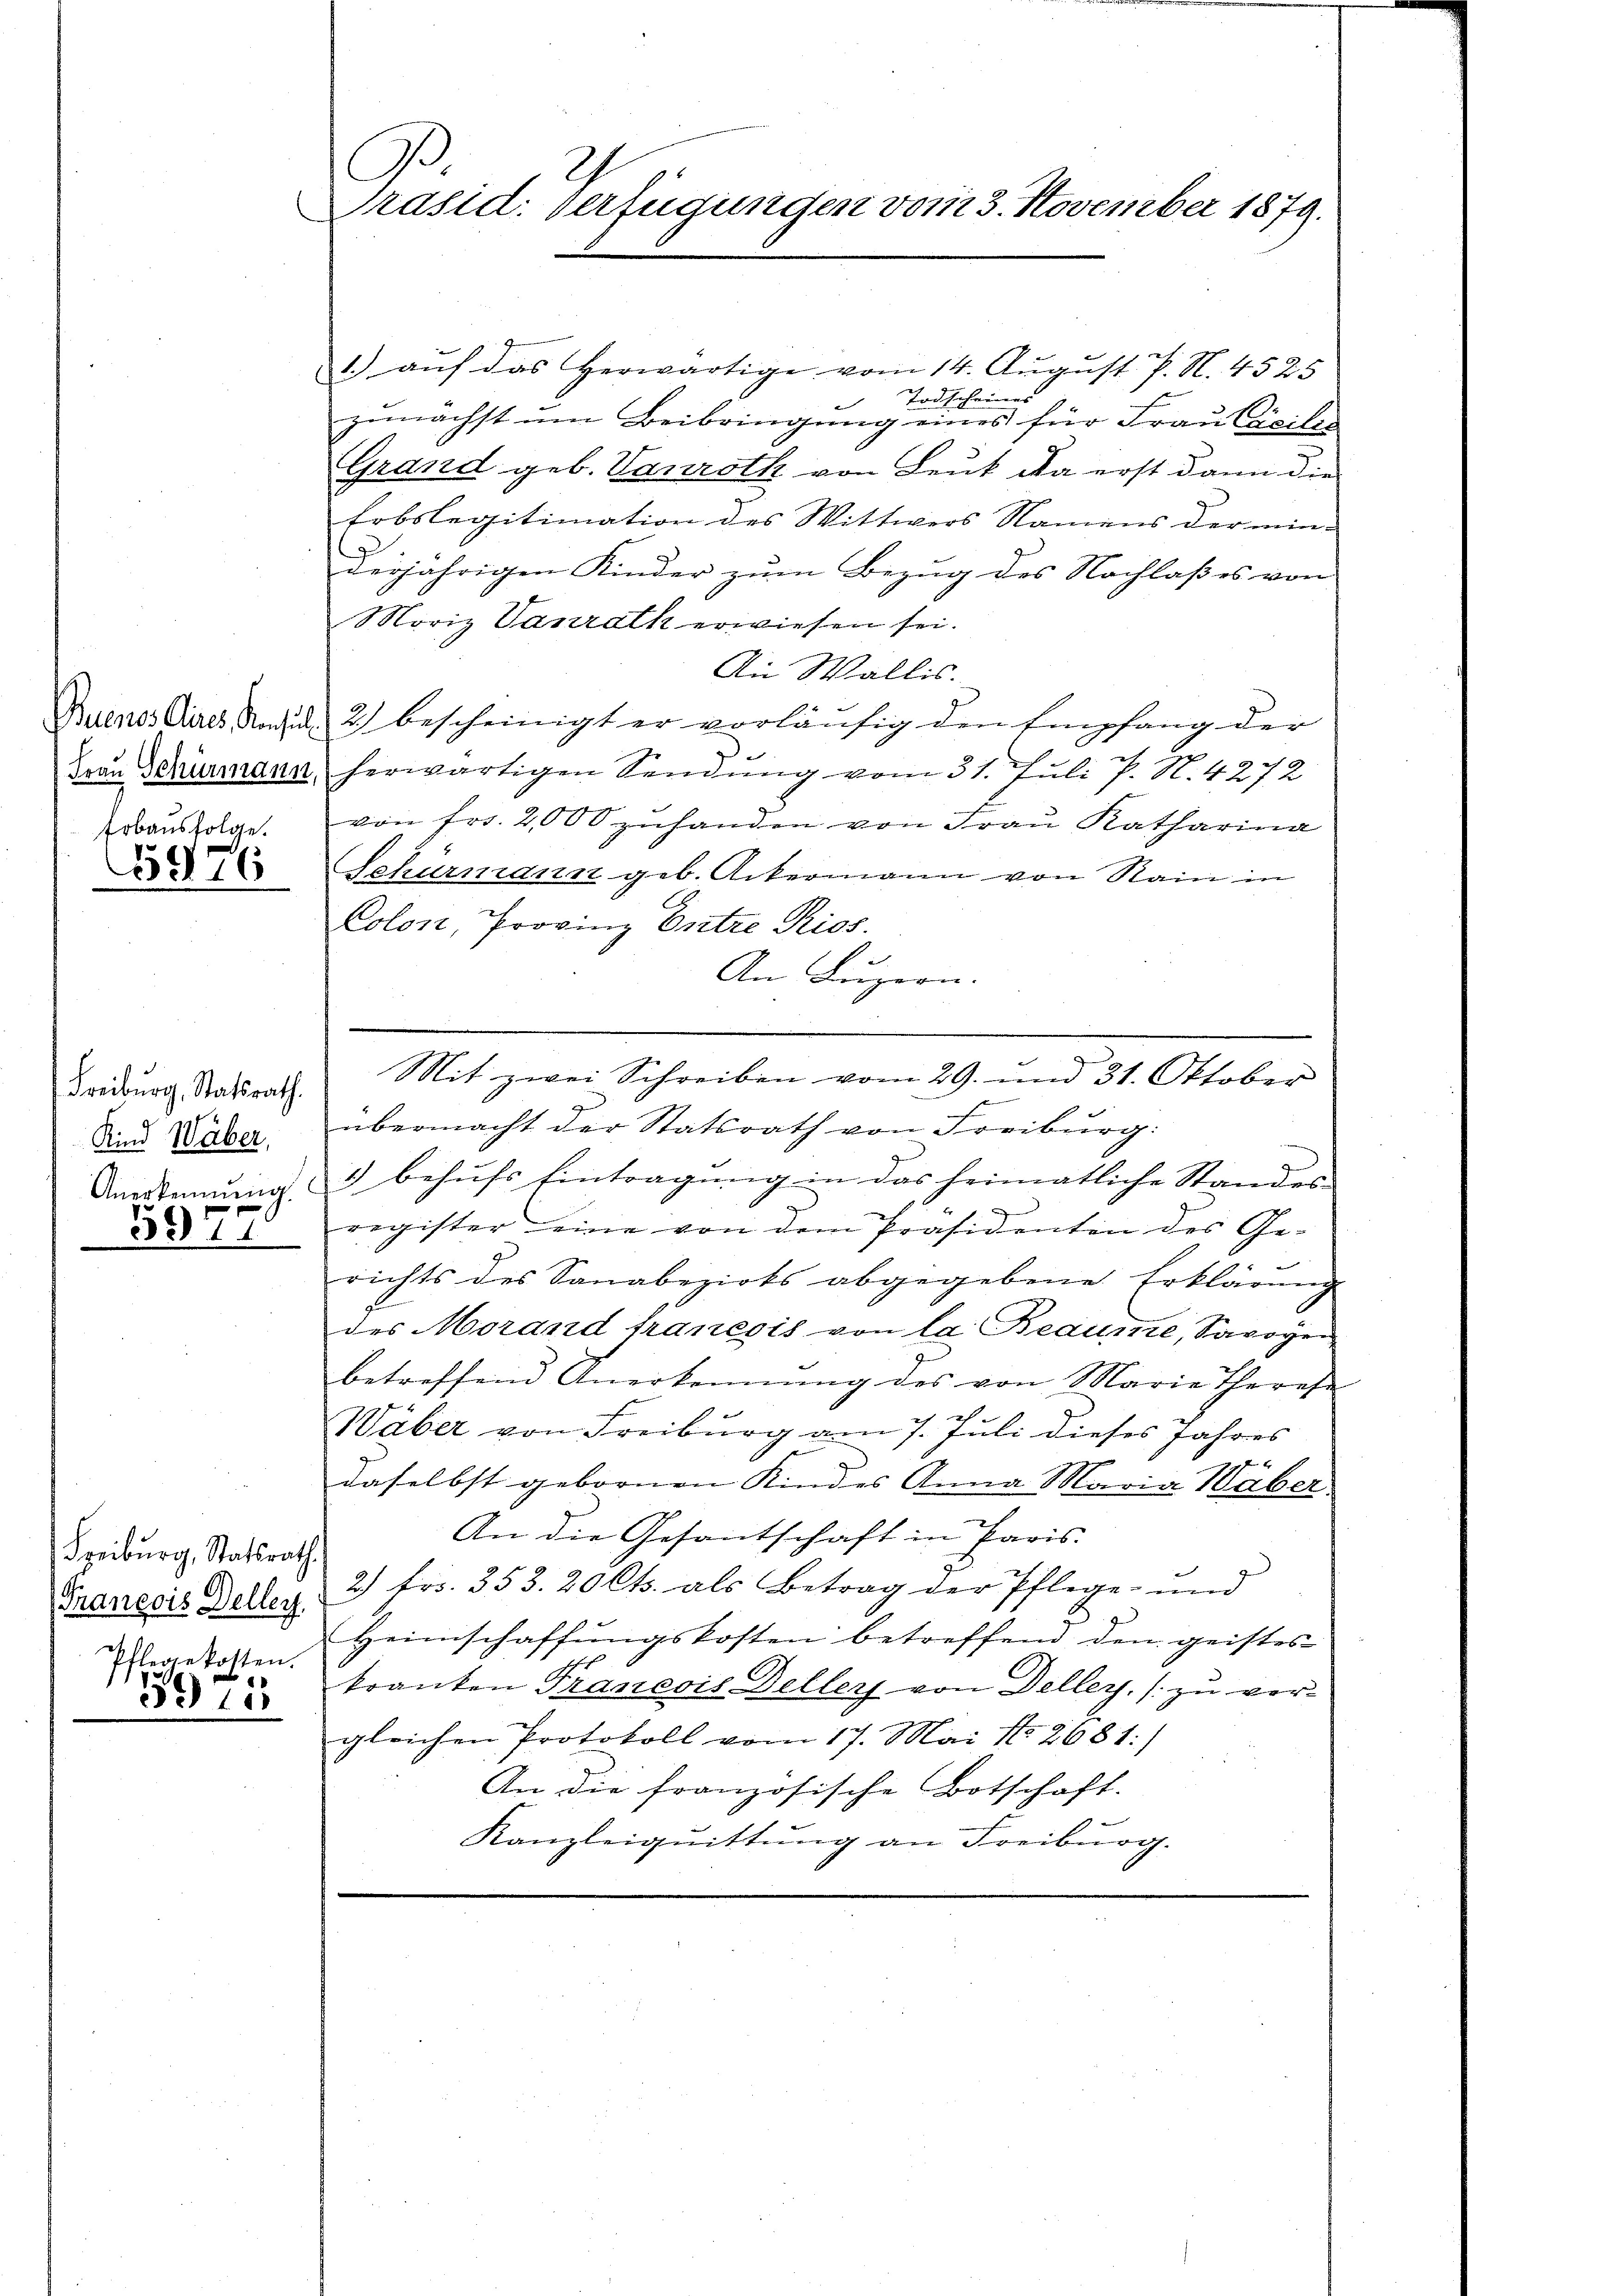
Erbausfolge.

5976

Freiburg, Statsrath.
Kind Wäber,
5977

Freiburg, Statsrath
Praneois Deller.
3975

C
d
Präsid. Verfügungen vom 3. November 1879.

1.) auf das herwärtige vom 14. August P. N. 4525
Todscheines
zunächst um Beibringung eines für Frau Civilis
Grand geb. Vanroth von Leuk, da erst dann die
Erbslegitimation des Wittwers Namens der min-
derjährigen Kinder zum Bezug des Nachlaßes von
Moriz Vanrath erwiesen sei.
An Wallis.
Buenos Aires, Nachsud 2) bescheinigt er vorläufig den Empfang der
Frau Schömann herwärtigen Sendung vom 31. Juli P. N. 4272
von Fr. 2,000 zŭhanden von Fraŭ Katharina
Schurmann geb. Ackermann von Rain in
Colon, Provinz Entre Rios.
An Luzern.
Mit zwei Schreiben vom 29. und 31. Oktober
s
übermacht der Statsrath von Freiburg:
Anerkennung & behŭfs Eintragŭng in das heimatliche Standes-
register eine von dem Präsidenten des Ge-
richts des Sanabezirks abgegebene Erklärung
des Morand franesis von la Beaume, Savoyen
betreffend Anerkennung des von Marie Theres
Wäber von Freiburg am 7. Juli dieses Jahres
4
daselbst gebornen Kindes Anna Maria Waber
An die Gesantschaft in Paris.
2) Fr. 353. 20 Cts. als Betrag der Pflege und
Heimschaffŭngskosten betreffend den geistes
getoßen. Franken Francois Dellers von Deller, [zu ver-
gleichen Protokoll vom 17. Mai No 2681:)
An die französische Botschaft.
Kanzleiquittung an Freiburg.